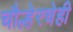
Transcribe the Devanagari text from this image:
चौल्हेरचेही